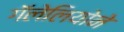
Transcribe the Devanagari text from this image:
गॅलेलियोने